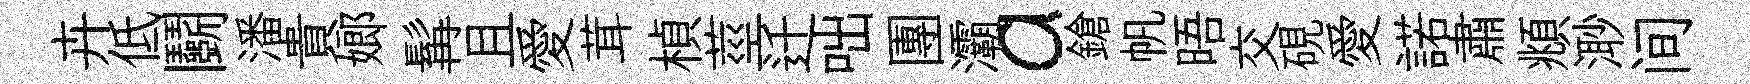
卉低鬬潘貴嫏髯且愛茸楨莖迁咄團灞a鎗帆晤交硯愛諾肅頫𣺌间